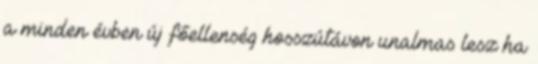
a minden évben új főellenség hosszútávon unalmas lesz ha